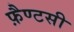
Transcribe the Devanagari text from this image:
फ़ैण्टसी